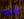
وبدا